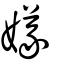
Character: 嬟